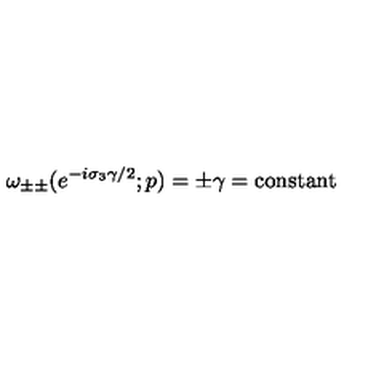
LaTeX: \omega _ { \pm \pm } ( e ^ { - i \sigma _ { 3 } \gamma / 2 } ; p ) = \pm \gamma = \mathrm { c o n s t a n t }